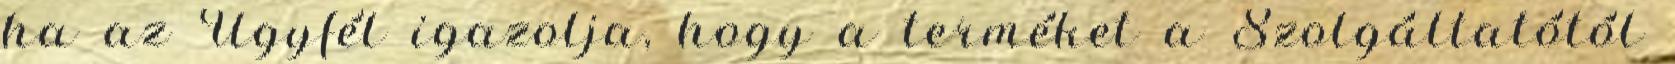
ha az Ügyfél igazolja, hogy a terméket a Szolgáltatótól